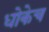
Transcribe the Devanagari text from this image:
धोकेच